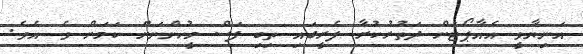
އަނިޔާވީ އެއާޕޯޓަށް ދަތުރުކުރާ ފެރީގައި ތިބި ފަސް މީހުންނަށް ކަމަށް ވެ އެވެ.